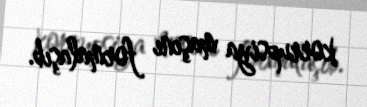
korrupsiya maşını formalaşıb.